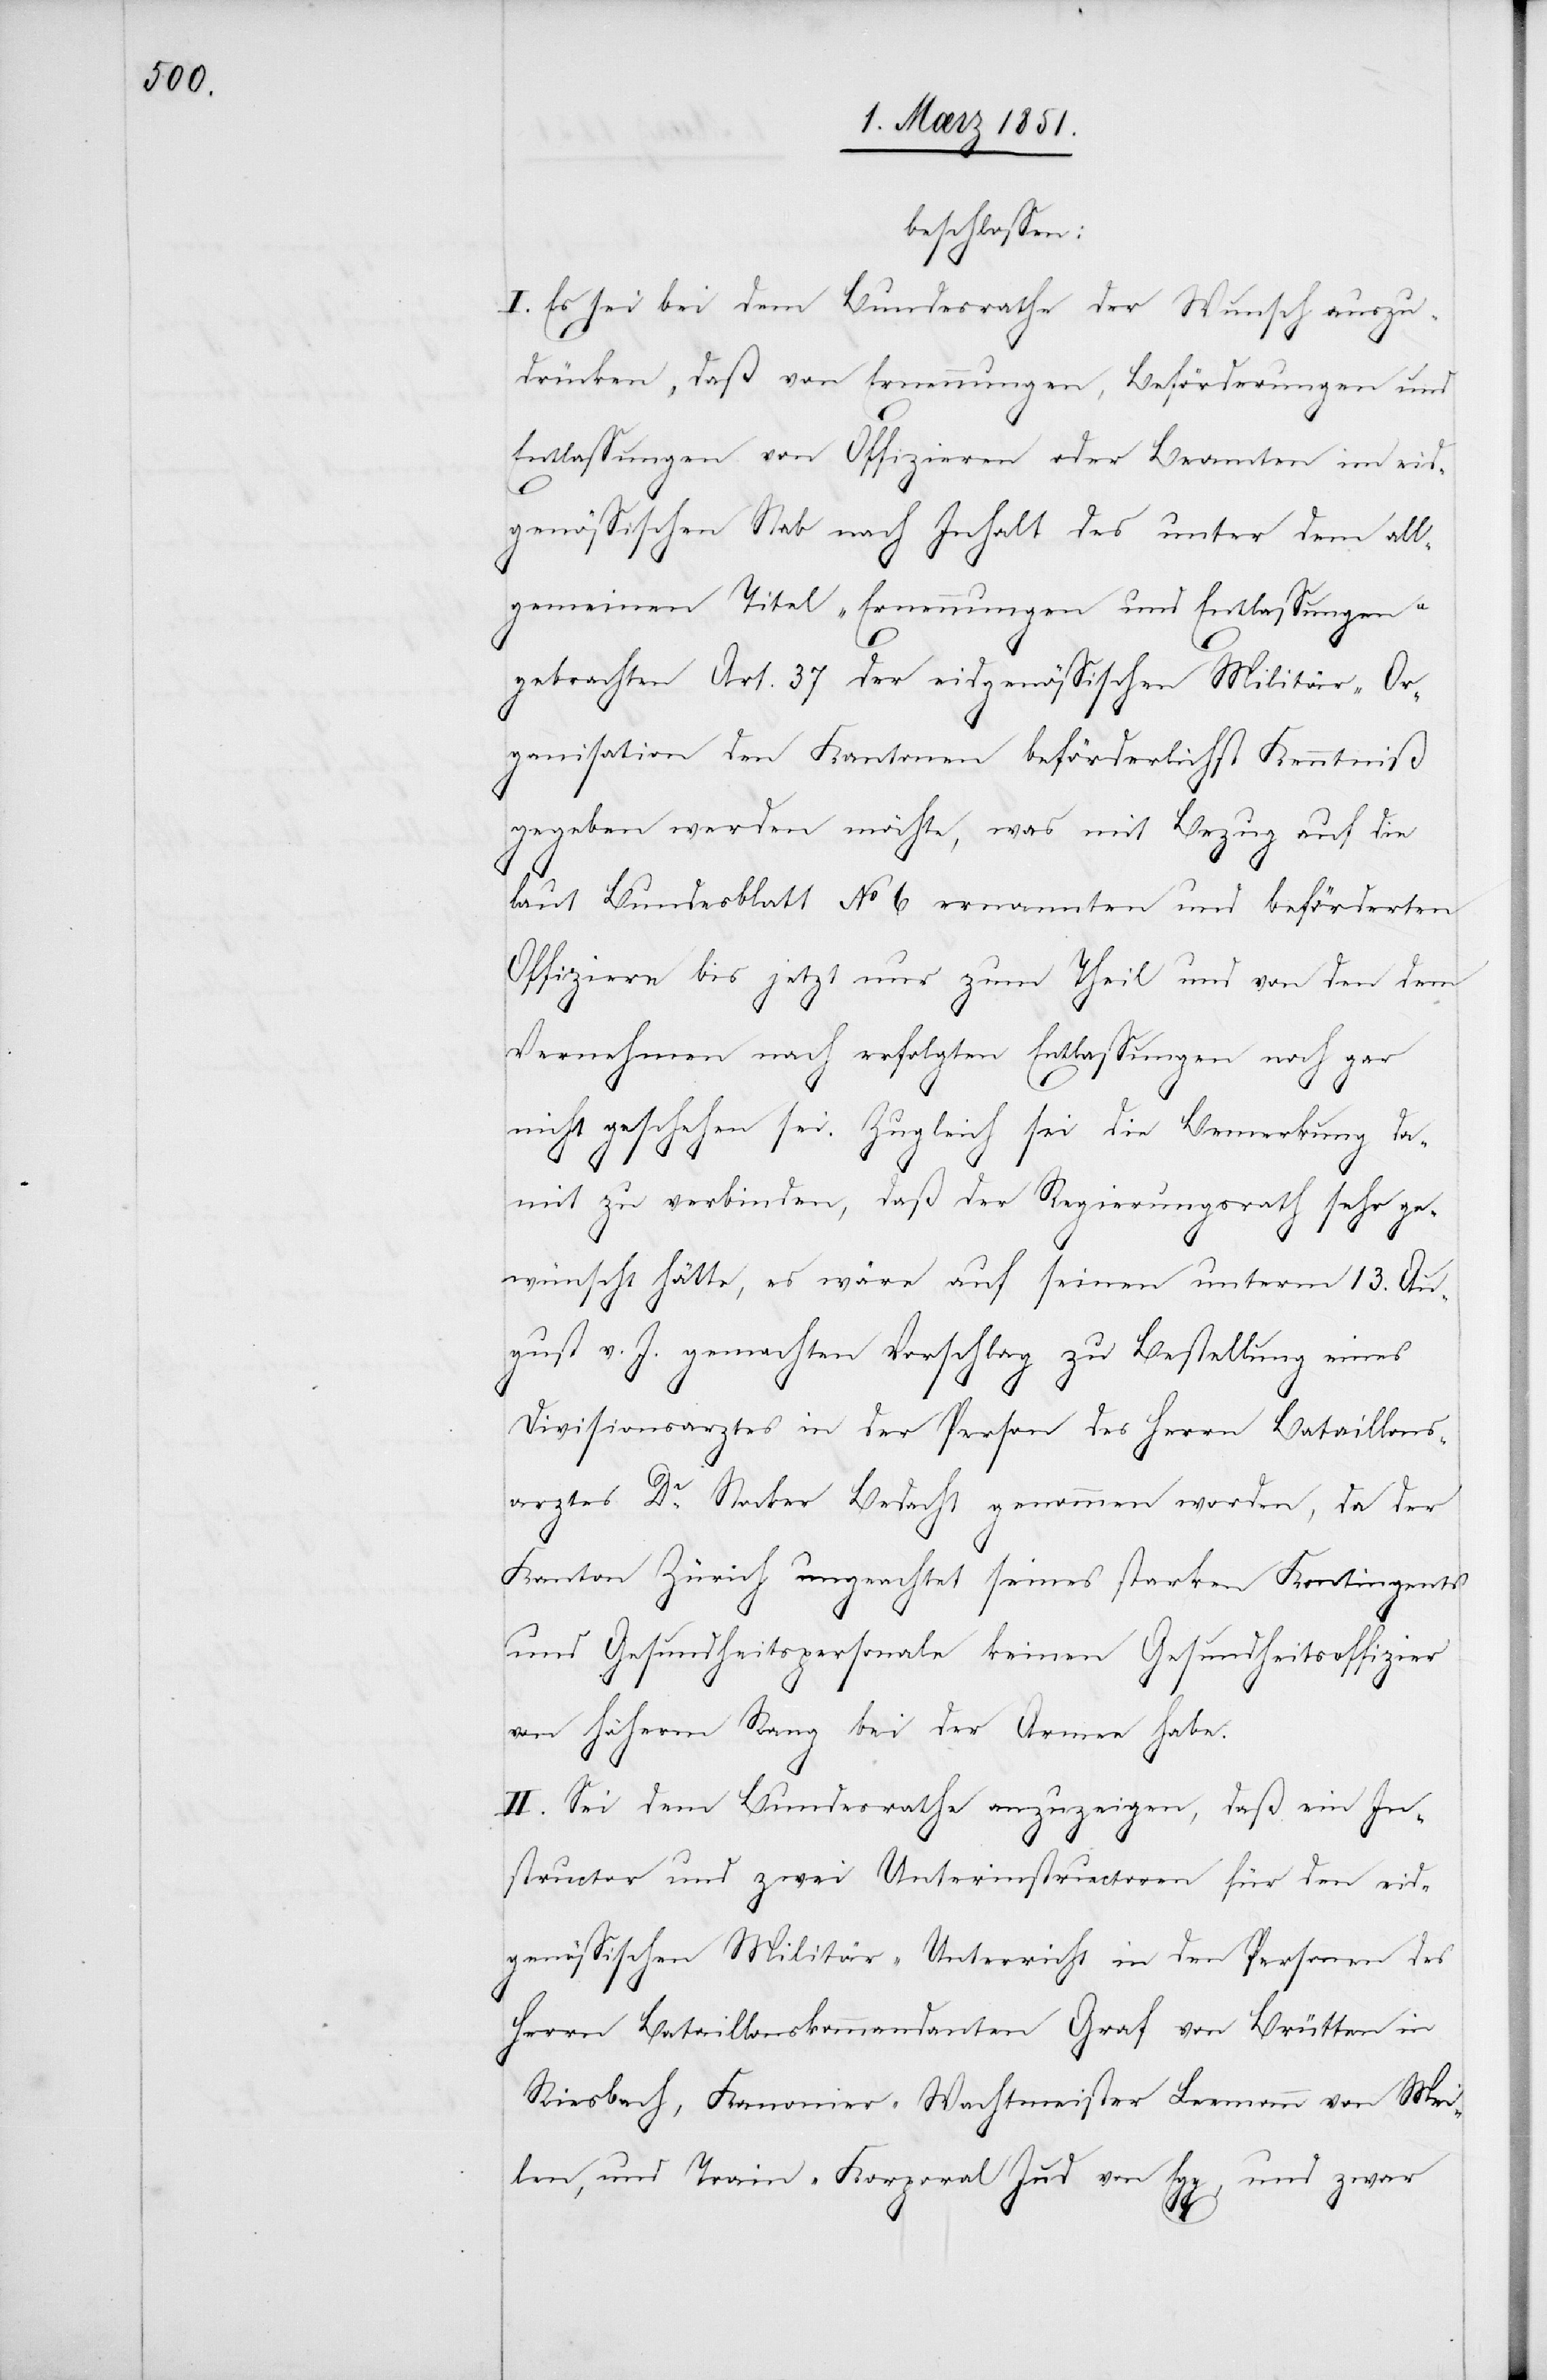
beschlossen:
I. Es sei bei dem Bundesrathe der Wunsch auszu¬
drücken, daß von Ernennungen, Beförderungen und
Entlassungen von Offizieren oder Beamten im eid¬
genössischen Stab nach Inhalt des unter dem all¬
gemeinen Titel „Ernennungen und Entlassungen“
gebrachten Art. 37 der eidgenössischen Militär-Or¬
ganisation den Kantonen beförderlichst Kenntniß
gegeben werden möchte, was mit Bezug auf die
laut Bundesblatt No 6 ernannten und beförderten
Offiziere bis jetzt nur zum Theil und von den dem
Vernehmen nach erfolgten Entlassungen noch gar
nicht geschehen sei. Zugleich sei die Bemerkung da¬
mit zu verbinden, daß der Regierungsrath sehr ge¬
wünscht hätte, es wäre auf seinen unterm 13. Au¬
gust v. J. gemachten Vorschlag zu Bestellung eines
Divisionsarztes in der Person des Herrn Bataillons¬
arztes Dr. Stocker Bedacht genommen worden, da der
Kanton Zürich ungeachtet seines starken Kontingents
und Gesundheitspersonale keinen Gesundheitsoffizier
von höherm Rang bei der Armee habe.
II. Sei dem Bundesrathe anzuzeigen, daß ein In¬
structor und zwei Unterinstructoren für den eid¬
genössischen Militär-Unterricht in den Personen des
Herrn Bataillonskommandanten Graf von Brütten in
Riesbach, Kanonier-Wachtmeister Leemann von Mei¬
len, und Train-Korporal Jud von Egg, und zwar